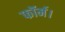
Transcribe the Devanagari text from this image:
फॉर्म।